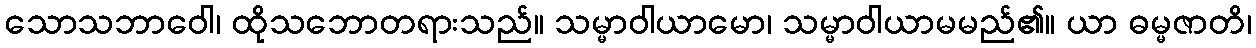
သောသဘာဝေါ၊ ထိုသဘောတရားသည်။ သမ္မာဝါယာမော၊ သမ္မာဝါယာမမည်၏။ ယာ ဓမ္မဇာတိ၊